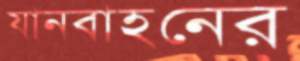
যানবাহনের